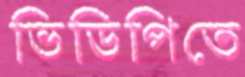
ভিডিপিতে